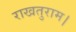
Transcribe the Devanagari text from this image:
राखतुराम।